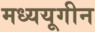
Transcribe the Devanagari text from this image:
मध्ययूगीन